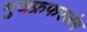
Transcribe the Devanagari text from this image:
मुजफ्रफरजंग